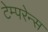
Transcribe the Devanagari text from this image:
टेम्परेन्स